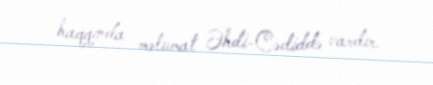
haqqında məlumat Əhdi-Cədiddə vardır.